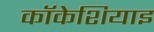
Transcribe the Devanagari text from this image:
कॉकेशियाइ